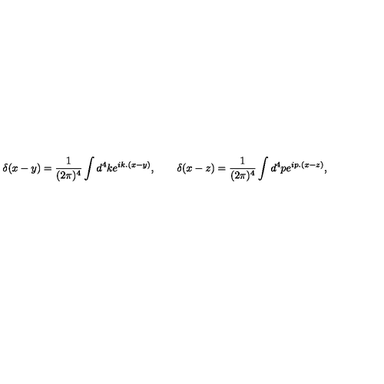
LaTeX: \delta ( x - y ) = { \frac { 1 } { ( 2 \pi ) ^ { 4 } } } \int d ^ { 4 } k e ^ { i k . ( x - y ) } , \qquad \delta ( x - z ) = { \frac { 1 } { ( 2 \pi ) ^ { 4 } } } \int d ^ { 4 } p e ^ { i p . ( x - z ) } ,